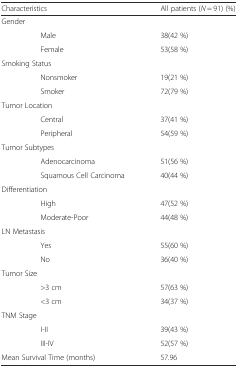
<table><thead><tr><td colspan="2"><b>Characteristics</b></td><td><b>All patients (<i>N</i> = 91) (%)</b></td></tr></thead><tbody><tr><td colspan="3">Gender</td></tr><tr><td></td><td>Male</td><td>38(42 %)</td></tr><tr><td></td><td>Female</td><td>53(58 %)</td></tr><tr><td colspan="3">Smoking Status</td></tr><tr><td></td><td>Nonsmoker</td><td>19(21 %)</td></tr><tr><td></td><td>Smoker</td><td>72(79 %)</td></tr><tr><td colspan="3">Tumor Location</td></tr><tr><td></td><td>Central</td><td>37(41 %)</td></tr><tr><td></td><td>Peripheral</td><td>54(59 %)</td></tr><tr><td colspan="3">Tumor Subtypes</td></tr><tr><td></td><td>Adenocarcinoma</td><td>51(56 %)</td></tr><tr><td></td><td>Squamous Cell Carcinoma</td><td>40(44 %)</td></tr><tr><td colspan="3">Differentiation</td></tr><tr><td></td><td>High</td><td>47(52 %)</td></tr><tr><td></td><td>Moderate-Poor</td><td>44(48 %)</td></tr><tr><td colspan="3">LN Metastasis</td></tr><tr><td></td><td>Yes</td><td>55(60 %)</td></tr><tr><td></td><td>No</td><td>36(40 %)</td></tr><tr><td colspan="3">Tumor Size</td></tr><tr><td></td><td>&gt;3 cm</td><td>57(63 %)</td></tr><tr><td></td><td>&lt;3 cm</td><td>34(37 %)</td></tr><tr><td colspan="3">TNM Stage</td></tr><tr><td></td><td>I-II</td><td>39(43 %)</td></tr><tr><td></td><td>III-IV</td><td>52(57 %)</td></tr><tr><td colspan="2">Mean Survival Time (months)</td><td>57.96</td></tr></tbody></table>